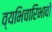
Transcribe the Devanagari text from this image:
व्यभिचारिभावों